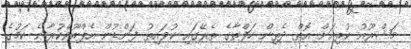
މަޝްރޫއު ކުރިއަށް އޮތް ދެތިން ހަފްތާގެ ތެރޭގައި ކުވައިތު ފަންޑުން އެޕްރޫވްކުރާނެ ކަމުގެ